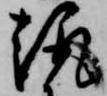
趣